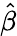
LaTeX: \hat{\beta}